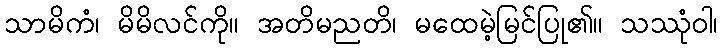
သာမိကံ၊ မိမိလင်ကို။ အတိမညတိ၊ မထေမဲ့မြင်ပြု၏။ သဿုံဝါ၊